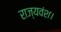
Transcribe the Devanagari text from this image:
राज्यवंश।